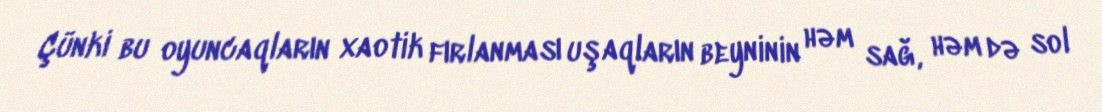
Çünki bu oyuncaqların xaotik fırlanması uşaqların beyninin həm sağ, həm də sol